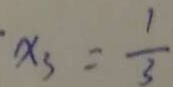
x _ { 3 } = \frac { 1 } { 3 }